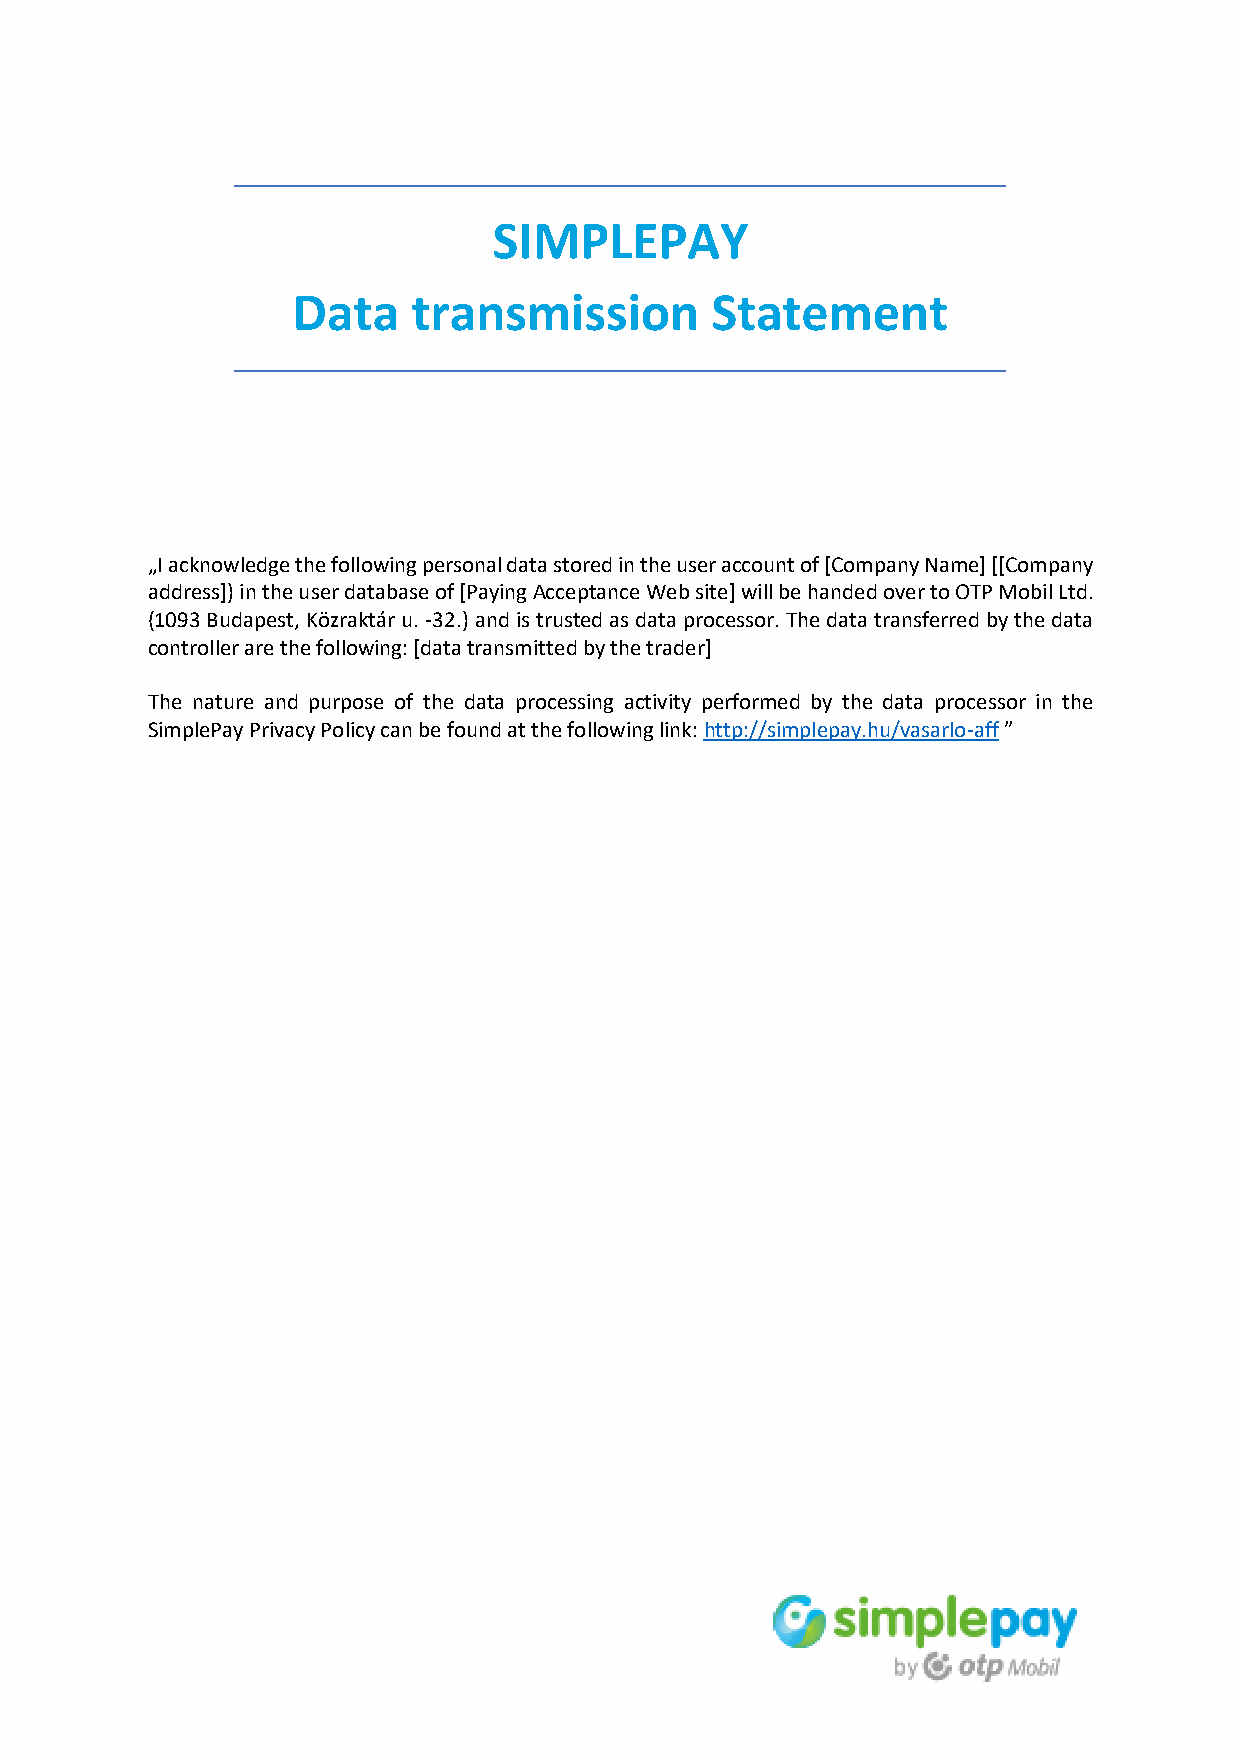
SIMPLEPAY
 Data    transmission        Statement
 „I acknowledge the following personal data stored in the user account of [Company Name] [[Company
 address]) in the user database of [Paying Acceptance Web site] will be handed over to OTP Mobil Ltd.
 (1093 Budapest, Közraktár u. -32.) and is trusted as data processor. The data transferred by the data
 controller are the following: [data transmitted by the trader]
 The nature and purpose of the data processing activity performed by the data processor in the
 SimplePay Privacy Policy can be found at the following link: http://simplepay.hu/vasarlo-aff ”